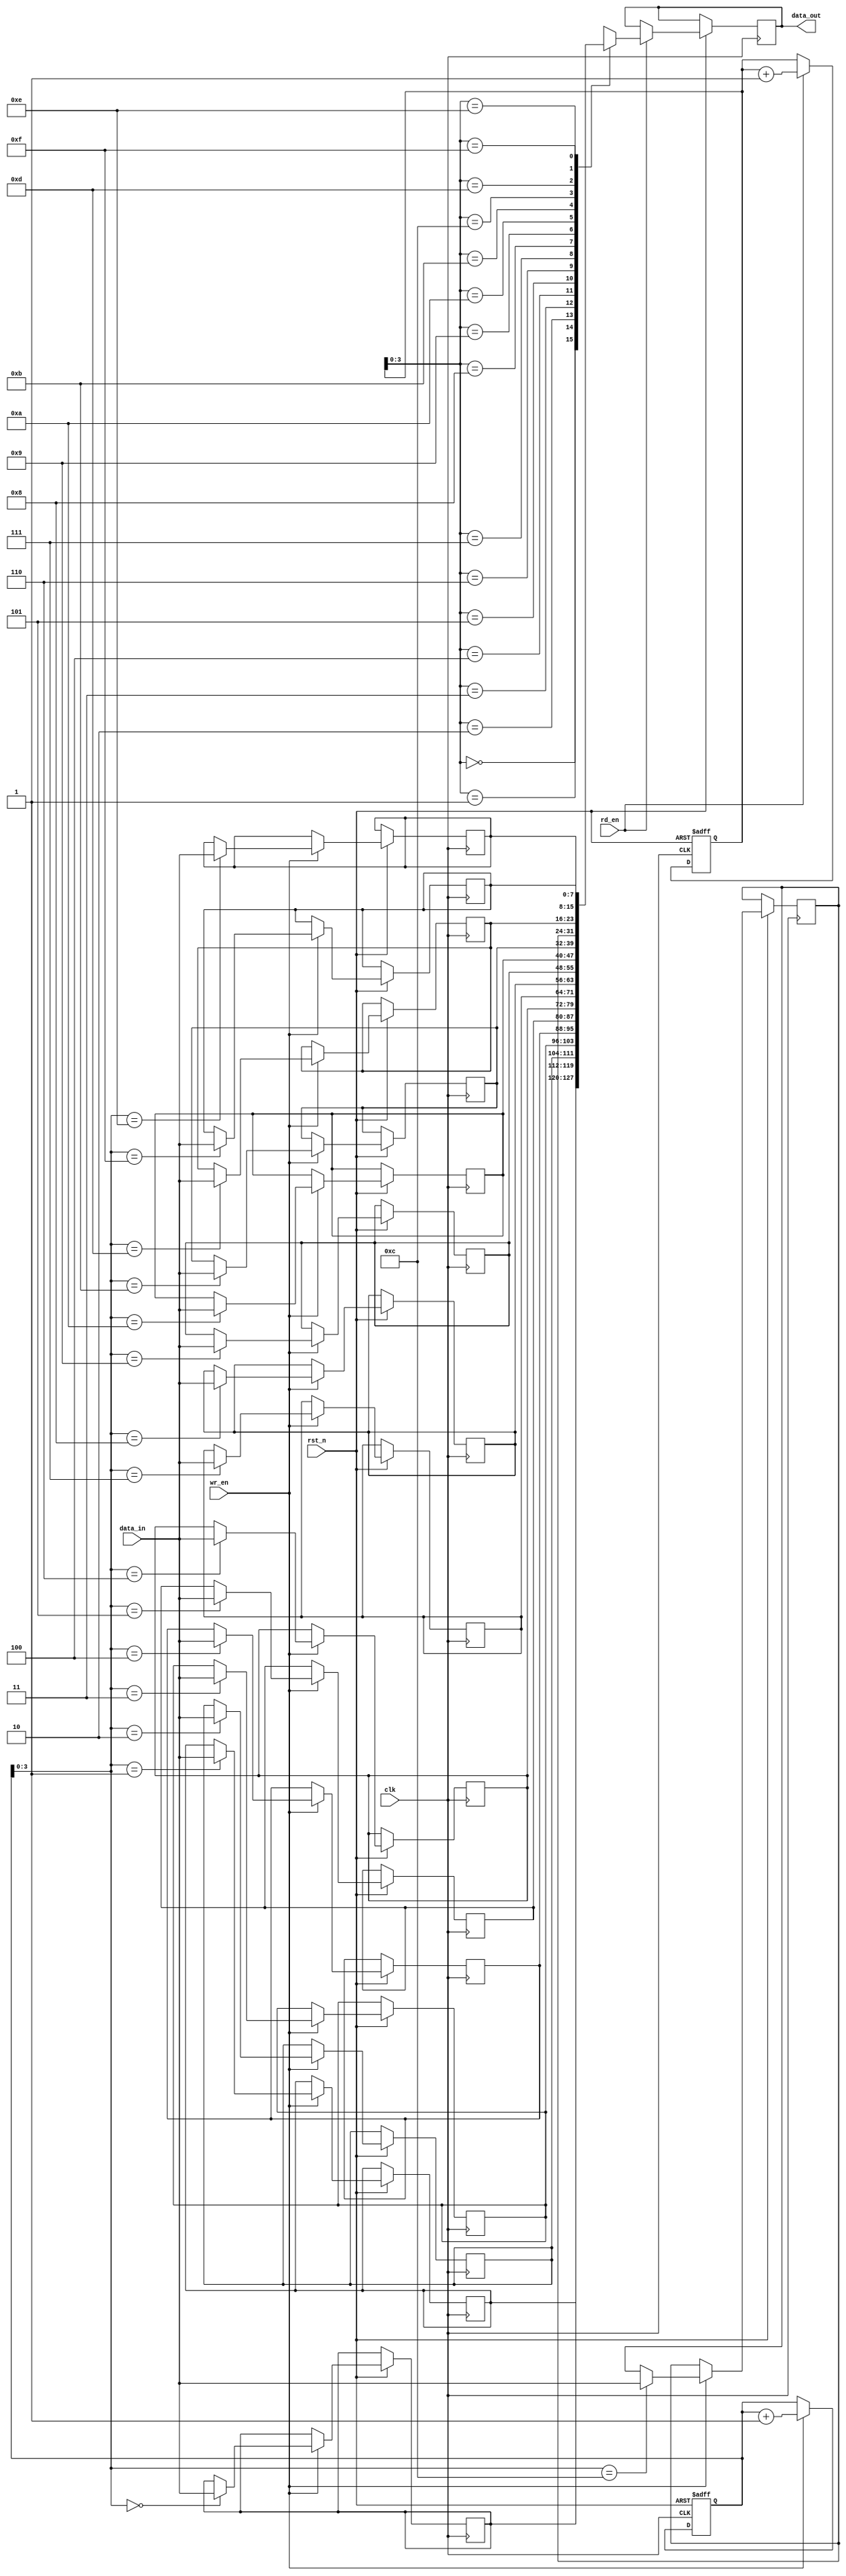
module fifo_buffer (
    input wire clk,
    input wire rst_n,
    input wire wr_en,
    input wire rd_en,
    input wire [DATA_WIDTH-1:0] data_in,
    output reg [DATA_WIDTH-1:0] data_out
);

parameter DEPTH = 16;
parameter DATA_WIDTH = 8;

reg [DATA_WIDTH-1:0] buffer [0:DEPTH-1];
reg [DATA_WIDTH-1:0] wr_ptr = 0;
reg [DATA_WIDTH-1:0] rd_ptr = 0;

always @(posedge clk or negedge rst_n) begin
    if (~rst_n) begin
        wr_ptr <= 0;
        rd_ptr <= 0;
    end else begin
        if (wr_en) begin
            buffer[wr_ptr] <= data_in;
            wr_ptr <= wr_ptr + 1;
        end
        
        if (rd_en) begin
            data_out <= buffer[rd_ptr];
            rd_ptr <= rd_ptr + 1;
        end
    end
end

endmodule